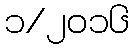
၁/၂၀၁၆